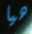
هيا